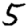
Digit: 5